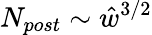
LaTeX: N_{post}\sim\hat{w}^{3/2}